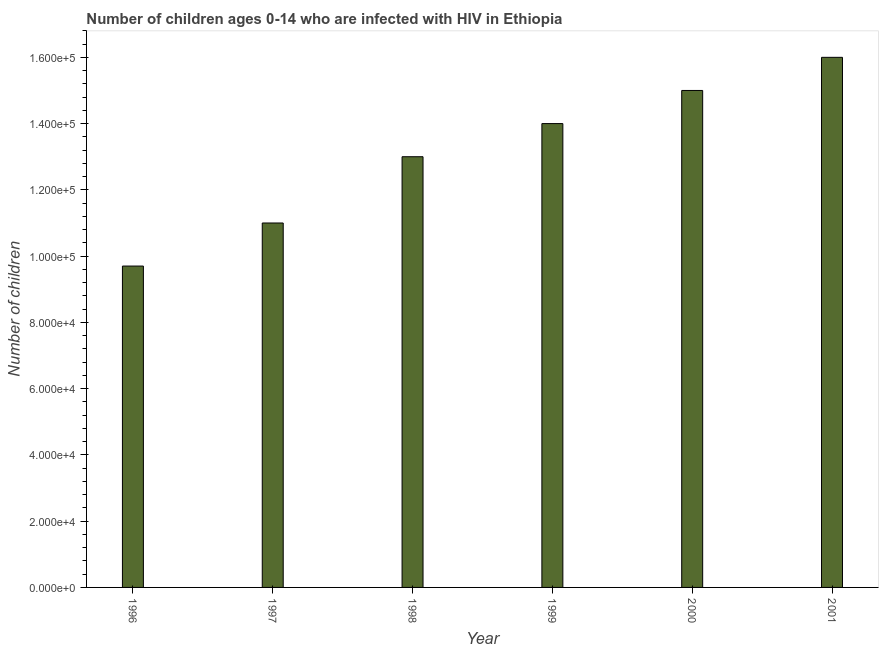
| Year | Children (0-14) living with HIV |
 | --- | --- |
 | 1996 | 9.7e+04 |
 | 1997 | 1.1e+05 |
 | 1998 | 1.3e+05 |
 | 1999 | 1.4e+05 |
 | 2000 | 1.5e+05 |
 | 2001 | 1.6e+05 |